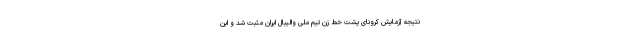
نتیجه آزمایش کرونای پشت خط زن تیم ملی والیبال ایران مثبت شد و این